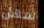
سهل